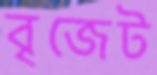
বৃজেট